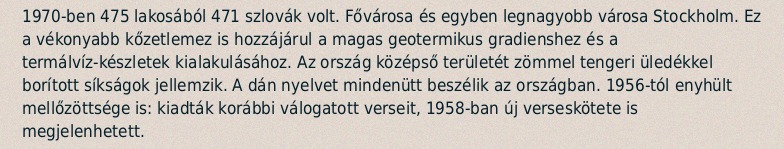
1970-ben 475 lakosából 471 szlovák volt. Fővárosa és egyben legnagyobb városa Stockholm. Ez a vékonyabb kőzetlemez is hozzájárul a magas geotermikus gradienshez és a termálvíz-készletek kialakulásához. Az ország középső területét zömmel tengeri üledékkel borított síkságok jellemzik. A dán nyelvet mindenütt beszélik az országban. 1956-tól enyhült mellőzöttsége is: kiadták korábbi válogatott verseit, 1958-ban új verseskötete is megjelenhetett.